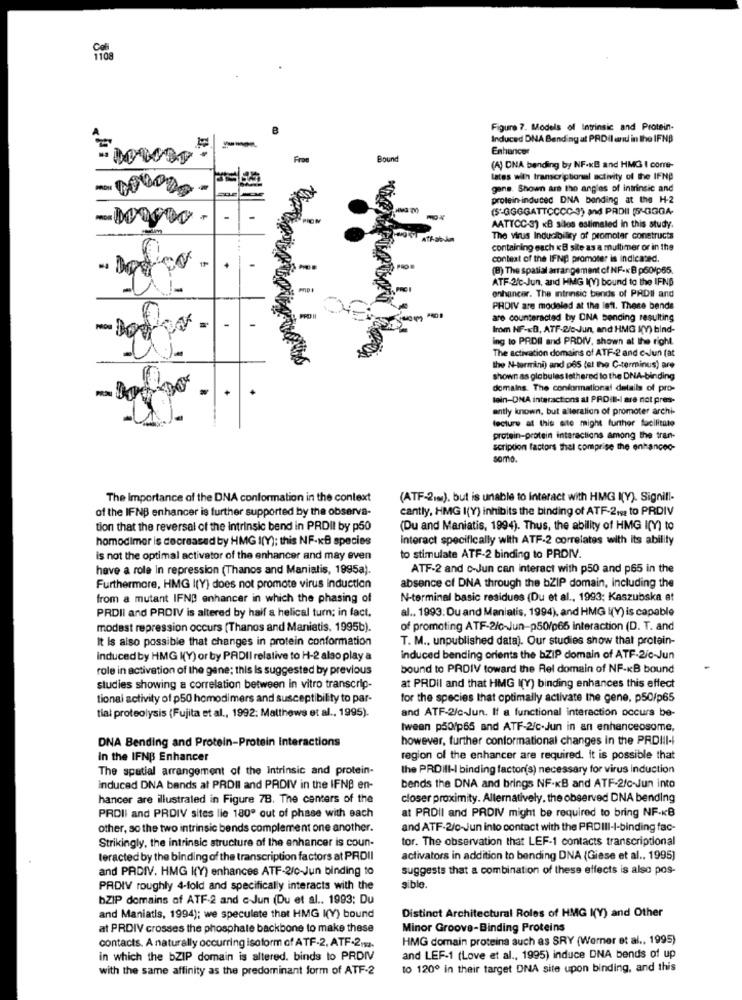
1108
Figure 7. Models of Intrinsic and Protein-
Induced DNA Bending at PRDil and in the IFNB
Enhancer
Frae
Bound
(A) ONA bending by NF-KB and HMG I corre-
lates with transcriptional activity of the IFNP
gans. Shown are the angles of intrinsic and
protein-induced DNA bonding at the H-2
(5"GGGGATTCCCC-3) and PADII (5'GGGA-
TION
AATTCC-3) «B silos estimated In this study.
The virus Inducibility of promoter constructs
containing each KB site as a multimer or in the
context of the IFNB promoter is indicated.
(B) The spatial arrangement of NF-KB p50/p65.
ATF 2℃-Jun, and HMG K(V) bound to the IFNB
enhancer. The intrinsic bends of PRDII and
PHDIV are modeled at the left. These bends
are counteracted by ONA bending resulting
Irom NF-KB, ATF-2/c-Jun, and HMG K(Y) bind-
ing to PRDI and PRDIV, shown at the right.
The activation domains of ATF-2 and caJun (at
the N-termini) and pes (at the C-terminus) are
shown as globules lathered to the DNA-binding
domains. The conformational details of pro-
tein-DNA interactions al PRDil-I are not pres-
ently known, but alleration of promoter archi-
lecture at this site might further facilitate
protein-protein interactions among the tran-
scription factors thel comprise the enhanceo-
somo.
The Importance of the DNA conformation in the context
(ATF-2mm), but is unable to Interact with HMG I(Y). Signifi-
of the IFNB enhancer is further supported by the observa-
cantly, HMG I(Y) inhibits the binding of ATF-219 to PRDIV
tion that the reversal of the intrinsic bend in PRDII by p50
(Du and Maniatis, 1994). Thus, the ability of HMG I(Y) to
homodimer is decreased by HMG I(Y); this NF-KB species
interact specifically with ATF-2 correlates with Its ability
is not the optimal activator of the enhancer and may even
to stimulate ATF-2 binding to PRDIV.
have a role In repression (Thanos and Maniatis, 1995a).
ATF-2 and c-Jun can interact with p50 and p65 in the
Furthermore, HMG I(Y) does not promote virus induction
absence of DNA through the bZIP domain, including the
from a mutant IFNB enhancer in which the phasing of
N-terminal basic residues (Du et al ., 1993; Kaszubska et
al ., 1993: Du and Maniatis, 1994), and HMG I(Y) is capable
PRDII and PROIV is altered by haif a helical turn; in fact.
modest repression occurs [Thanos and Maniatis. 1995b).
of promoting ATF-2/c-Jun-p50/p65 interaction (D. T. and
It is also possible that changes in protein conformation
T. M ., unpublished data). Our studies show that protein-
induced by HMG K(Y) or by PADII relative to H-2 also play a
induced bending orients the bZIP domain of ATF-2/c-Jun
role in activation of the gene; this Is suggested by previous
bound to PRDIV toward the Rel domain of NF-KB bound
studies showing a correlation between in vitro transcrip-
at PRDil and that HMG I(Y) binding enhances this effect
tional activity of p50 homodimers and susceptibility to par-
for the species that optimally activate the gene, p50/p65
tial proteolysis (Fujita et al ., 1992. Matthews et al ., 1995).
and ATF-2/c-Jun. If a functional interaction occurs be-
tween p50/p65 and ATF-2/c-Jun in an enhanceosome,
DNA Bending and Protein-Protein Interactions
however, further conformational changes in the PRDIII-
in the IFNB Enhancer
region of the enhancer are required. it is possible that
The spatial arrangement of the Intrinsic and protein-
the PRDIII- binding factor(s) necessary for virus Induction
induced DNA bands at PRDII and PADIV in the IFNB en-
bends the DNA and brings NF-KB and ATF-2/6-Jun into
hancer are illustrated in Figure 78. The centers of the
closer proximity. Allernatively, the observed DNA bending
PROII and PRDIV sites lie 180º out of phase with each
at PRDiI and PRDIV might be required to bring NF-KB
other, so the two intrinsic bends complement one another.
and ATF-2/c-Jun into contact with the PRDIII-I-binding fac-
Strikingly, the intrinsic structure of the enhancer is coun-
tor. The observation that LEF-1 contacts transcriptional
teracted by the binding of the transcription factors at PRDII
activators in addition to bending DNA (Giese et al .. 1995)
and PADIV. HMG K(Y) enhances ATF-2/0-Jun binding to
suggests that a combination of these effects is also pos-
PRDIV roughly 4-fold and specifically interacts with the
sible.
bZIP domains of ATF-2 and c-Jun (Du et al ., 1993; Du
and Maniatis, 1994); we speculate that HMG K(Y) bound
Distinct Architectural Roles of HMG K(Y) and Other
at PRDIV crosses the phosphate backbone to make these
Minor Groove-Binding Proteins
HMG domain proteins such as SRY (Werner et al ., 1995)
contacts. A naturally occurring isoform of ATF-2, ATF-2112.
in which the bZIP domain is altered. binds to PRDIV
and LEF-1 (Love et al ., 1995) induce DNA bends of up
with the same affinity as the predominant form of ATF-2
to 1200 in their target DNA site upon binding, and this